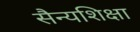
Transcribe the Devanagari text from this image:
सैन्यशिक्षा